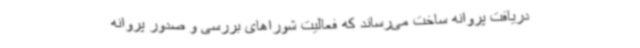
دریافت پروانه ساخت می‌رساند که فعالیت شوراهای بررسی و صدور پروانه